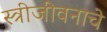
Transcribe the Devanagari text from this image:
स्त्रीजीवनाचे